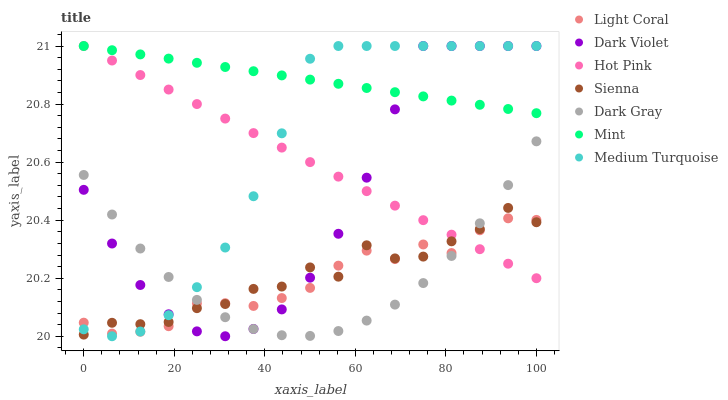
| xaxis_label | Light Coral | Dark Violet | Hot Pink | Sienna | Dark Gray | Mint | Medium Turquoise |
 | --- | --- | --- | --- | --- | --- | --- | --- |
 | 0 | 20 | 20.5 | 21 | 20 | 20.6 | 21 | 20 |
 | 6.25 | 20 | 20.3 | 21 | 20 | 20.4 | 21 | 20 |
 | 12.5 | 20 | 20.2 | 20.9 | 20 | 20.3 | 21 | 20 |
 | 18.8 | 20 | 20.1 | 20.9 | 20 | 20.2 | 21 | 20.1 |
 | 25 | 20.1 | 20 | 20.8 | 20.1 | 20.1 | 20.9 | 20.2 |
 | 31.2 | 20.1 | 20 | 20.8 | 20.1 | 20.1 | 20.9 | 20.3 |
 | 37.5 | 20.1 | 20 | 20.7 | 20.2 | 20 | 20.9 | 20.5 |
 | 43.8 | 20.1 | 20.1 | 20.7 | 20.2 | 20 | 20.9 | 20.7 |
 | 50 | 20.2 | 20.2 | 20.6 | 20.2 | 20 | 20.9 | 21 |
 | 56.2 | 20.2 | 20.4 | 20.6 | 20.2 | 20 | 20.9 | 21 |
 | 62.5 | 20.3 | 20.5 | 20.5 | 20.3 | 20.1 | 20.9 | 21 |
 | 68.8 | 20.3 | 20.8 | 20.5 | 20.3 | 20.1 | 20.8 | 21 |
 | 75 | 20.3 | 21 | 20.4 | 20.3 | 20.2 | 20.8 | 21 |
 | 81.2 | 20.3 | 21 | 20.4 | 20.3 | 20.3 | 20.8 | 21 |
 | 87.5 | 20.4 | 21 | 20.3 | 20.4 | 20.4 | 20.8 | 21 |
 | 93.8 | 20.4 | 21 | 20.3 | 20.4 | 20.5 | 20.8 | 21 |
 | 100 | 20.4 | 21 | 20.2 | 20.4 | 20.7 | 20.8 | 21 |